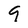
Character: 9